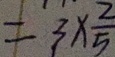
= 3 \times \frac { 2 } { 5 }